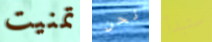
تمنيت نحن ستبدأ